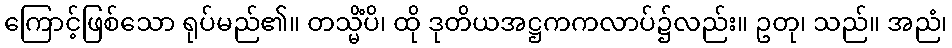
ကြောင့်ဖြစ်သော ရုပ်မည်၏။ တသ္မိံပိ၊ ထို ဒုတိယအဋ္ဌကကလာပ်၌လည်း။ ဥတု၊ သည်။ အညံ၊